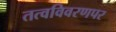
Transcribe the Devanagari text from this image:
तत्वविवरणपर